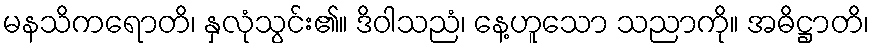
မနသိကရောတိ၊ နှလုံသွင်း၏။ ဒိဝါသညံ၊ နေ့ဟူသော သညာကို။ အဓိဋ္ဌာတိ၊